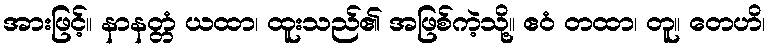
အားဖြင့်။ နာနတ္တံ ယထာ၊ ထူးသည်၏ အဖြစ်ကဲ့သို့။ ဧဝံ တထာ၊ တူ။ တေဟိ၊